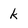
Character: k